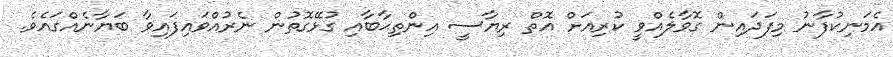
އެމަނިކުފާނު މިފަދައިން ގޮވާލެއްވީ ކުރިއަށް އޮތް ރިޔާސީ އިންތިޙާބާއި ގުޅޭގޮތުން ނެރުއްވައިފައިވާ ބަޔާނެއްގައެވެ.